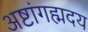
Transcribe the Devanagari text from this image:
अष्टांगह्मदय